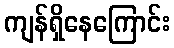
ကျန်ရှိနေကြောင်း